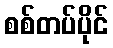
စစ်တပ်ပိုင်